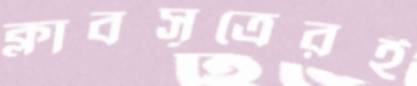
ক্লাবসূত্রেরই